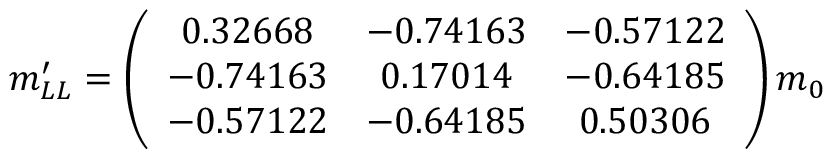
m _ { L L } ^ { \prime } = \left( \begin{array} { c c c } { { 0 . 3 2 6 6 8 } } & { { - 0 . 7 4 1 6 3 } } & { { - 0 . 5 7 1 2 2 } } \\ { { - 0 . 7 4 1 6 3 } } & { { 0 . 1 7 0 1 4 } } & { { - 0 . 6 4 1 8 5 } } \\ { { - 0 . 5 7 1 2 2 } } & { { - 0 . 6 4 1 8 5 } } & { { 0 . 5 0 3 0 6 } } \end{array} \right) m _ { 0 }